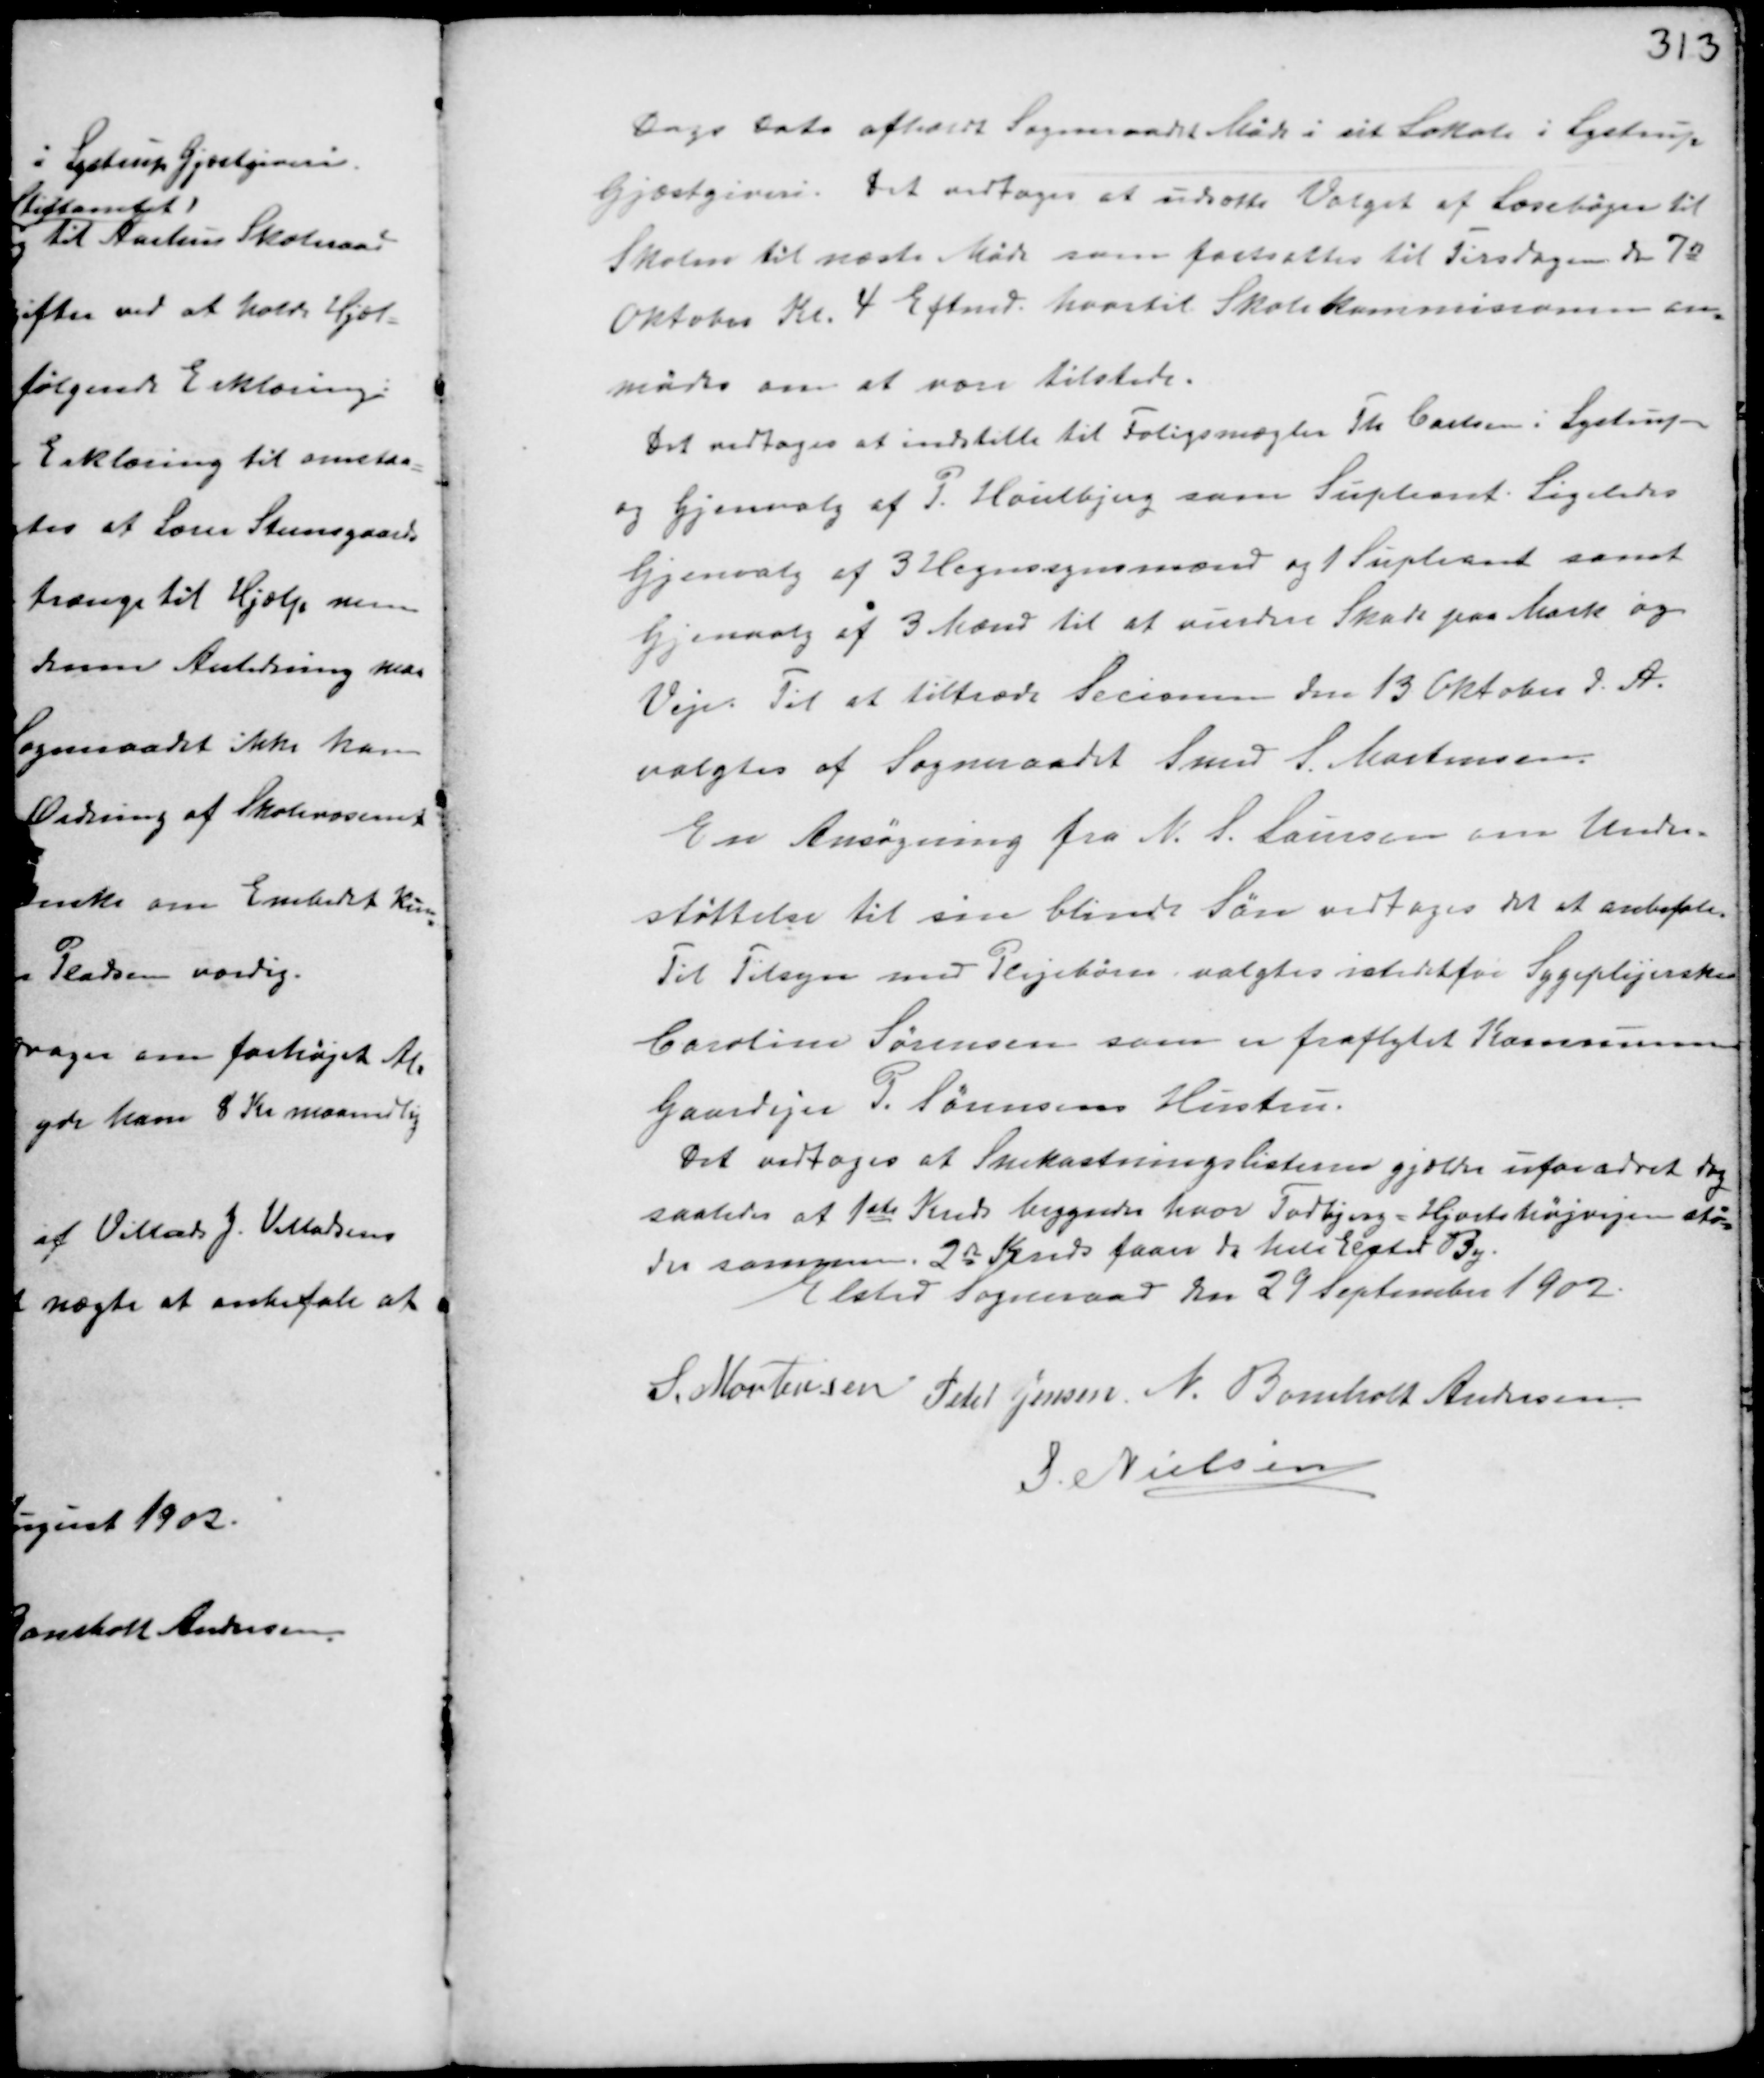
Transskription:
Dags Dato afholdt Sogneraadet Møde i sit Lokale i Lystrup
Gjæstgiveri. Det vedtoges at udsætte Valget af Læsebøger til
Skolen til næste Møde som fastsattes til Tirsdagen den 7de
Oktober Kl. 4. Eftermd. hvortil Skolekommissionen an-
modes om at være tilstede.
Det vedtoges at indstille til Forligsmægler Th. Carlsen i Lystrup
og Gjenvalg af P. Houlbjerg som Supleant. Ligeledes
Gjenvalg af 3 Hegnsynsmænd og 1 Supleant samt
Gjenvalg af 3 Mænd til at vurdere Skade paa Mark og
Veje. Til at tiltræde Secionen den 13 Oktober d.A.
valgtes af Sogneraadet Smed S. Mortensen.
En Ansøgning fra N. S. Laursen om Under-
støttelse til sin blinde Søn vedtoges det at anbefale.
Til Tilsyn med Plejebørn valgtes istedetfor Sygeplejerske
Caroline Sørensen som er fraflyttet Kommunen
Gaardejer P. Sørensens Hustru.
Det vedtoges at Snekastningslisterne gjordes uforandret dog
saaledes at 1ste Kreds begynder hvor Todbjerg-Hjortshøjvejen stø-
der sammen. 2de Kreds faaer da hele Elsted By.
Elsted Sogneraad den 29 September 1902.

S. Mortensen
Peter Jensen N. Bomholt Andersen
S. Nielsen